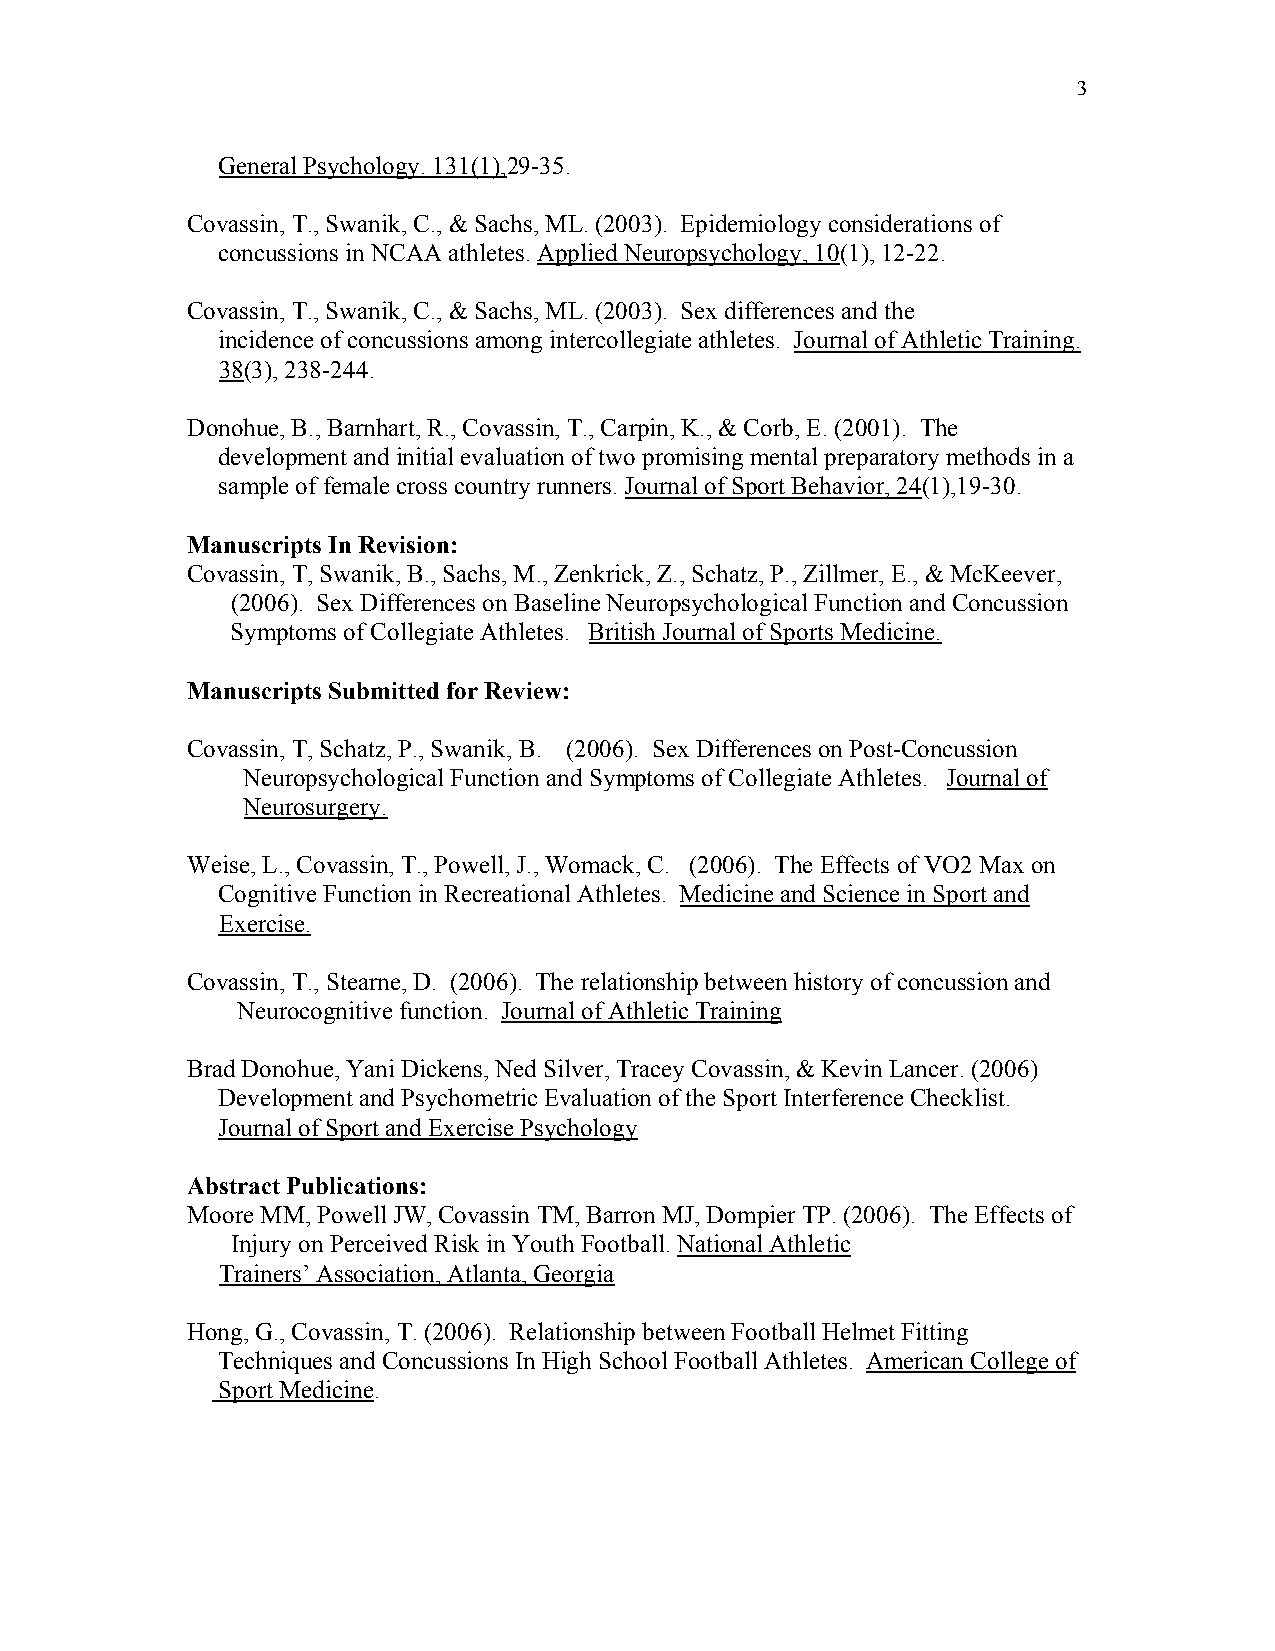
3
 General Psychology. 131(1),29-35.
 Covassin, T., Swanik, C., & Sachs, ML. (2003). Epidemiology considerations of
 concussions in NCAA athletes. Applied Neuropsychology, 10(1), 12-22.
 Covassin, T., Swanik, C., & Sachs, ML. (2003). Sex differences and the
 incidence of concussions among intercollegiate athletes. Journal of Athletic Training.
 38(3), 238-244.
 Donohue, B., Barnhart, R., Covassin, T., Carpin, K., & Corb, E. (2001). The
 development and initial evaluation of two promising mental preparatory methods in a
 sample of female cross country runners. Journal of Sport Behavior, 24(1),19-30.
 Manuscripts In Revision:
 Covassin, T, Swanik, B., Sachs, M., Zenkrick, Z., Schatz, P., Zillmer, E., & McKeever,
 (2006). Sex Differences on Baseline Neuropsychological Function and Concussion
 Symptoms of Collegiate Athletes. British Journal of Sports Medicine.
 Manuscripts Submitted for Review:
 Covassin, T, Schatz, P., Swanik, B. (2006). Sex Differences on Post-Concussion
 Neuropsychological Function and Symptoms of Collegiate Athletes. Journal of
 Neurosurgery.
 Weise, L., Covassin, T., Powell, J., Womack, C. (2006). The Effects of VO2 Max on
 Cognitive Function in Recreational Athletes. Medicine and Science in Sport and
 Exercise.
 Covassin, T., Stearne, D. (2006). The relationship between history of concussion and
 Neurocognitive function. Journal of Athletic Training
 Brad Donohue, Yani Dickens, Ned Silver, Tracey Covassin, & Kevin Lancer. (2006)
 Development and Psychometric Evaluation of the Sport Interference Checklist.
 Journal of Sport and Exercise Psychology
 Abstract Publications:
 Moore MM, Powell JW, Covassin TM, Barron MJ, Dompier TP. (2006). The Effects of
 Injury on Perceived Risk in Youth Football. National Athletic
 Trainers’ Association, Atlanta, Georgia
 Hong, G., Covassin, T. (2006). Relationship between Football Helmet Fitting
 Techniques and Concussions In High School Football Athletes. American College of
 Sport Medicine.